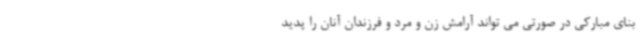
بنای مبارکی در صورتی می تواند آرامش زن و مرد و فرزندان آنان را پدید